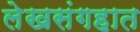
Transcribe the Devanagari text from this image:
लेखसंगहात